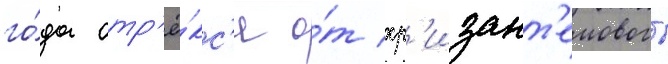
го́да отр'ё́кс'я о́т хр'изант'емового